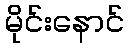
မိုင်းနောင်